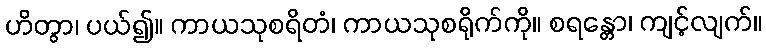
ဟိတွာ၊ ပယ်၍။ ကာယသုစရိတံ၊ ကာယသုစရိုက်ကို။ စရန္တော၊ ကျင့်လျက်။